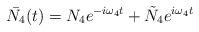
LaTeX: \begin{align*}\bar{N_4}(t) = N_4 e^{-i\omega_4 t} + \tilde N_4 e^{i\omega_4 t}\end{align*}